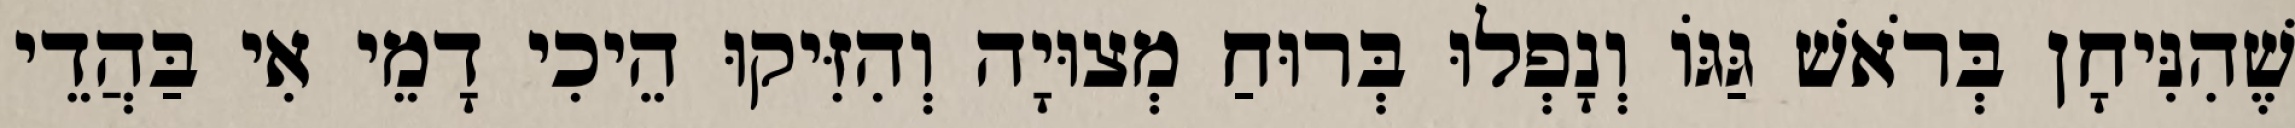
שֶׁהִנִּיחָן בְּרֹאשׁ גַּגּוֹ וְנָפְלוּ בְּרוּחַ מְצוּיָה וְהִזִּיקוּ הֵיכִי דָמֵי אִי בַּהֲדֵי